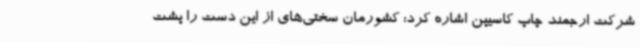
شرکت ارجمند چاپ کاسیپن اشاره کرد: کشورمان سختی‌های از این دست را پشت